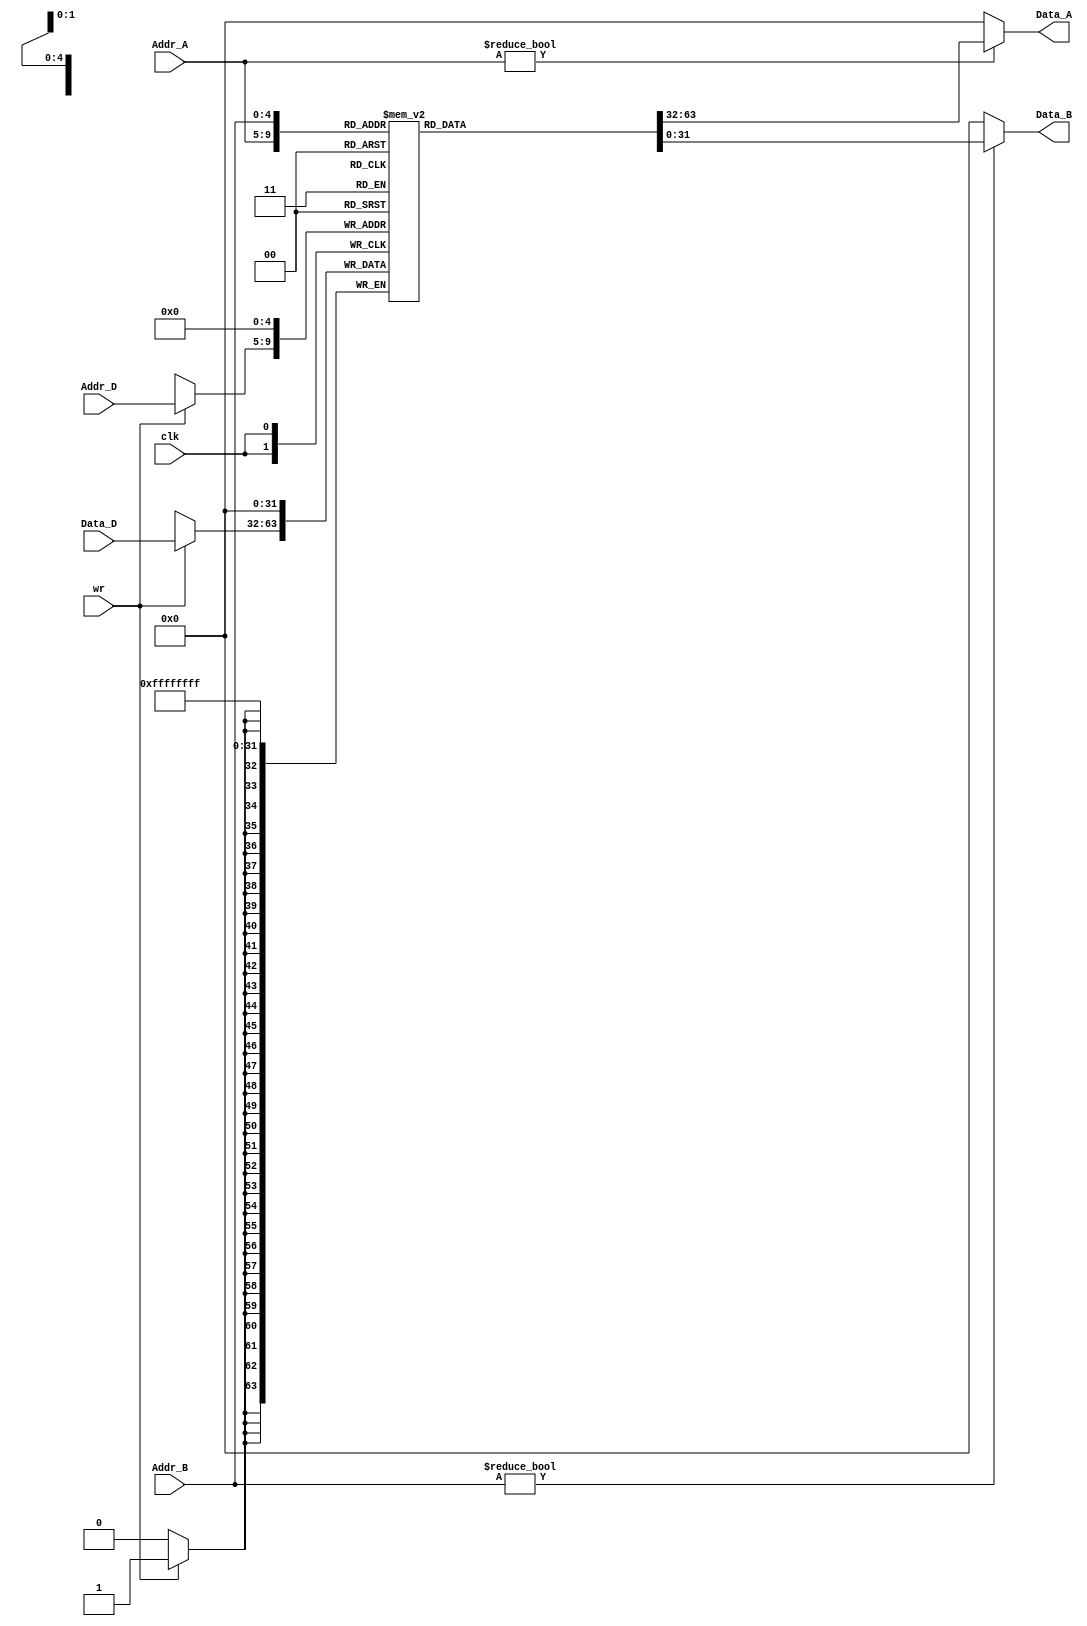
module register_file #(parameter DWIDTH=32)(
  input               clk   ,
  input               wr    ,
  input  [4:0]        Addr_A ,
  input  [4:0]        Addr_B ,
  input  [4:0]        Addr_D ,
  input [DWIDTH-1:0] Data_D,
  output [DWIDTH-1:0] Data_A,
  output [DWIDTH-1:0] Data_B
	
);

reg [DWIDTH-1:0] array[0:31];//
assign Data_A = Addr_A?array[Addr_A]:0;
assign Data_B = Addr_B?array[Addr_B]:0;

always@(negedge clk)
begin
	array[0]=0;
	 if(wr)
		begin
            array[Addr_D]=Data_D;
		end

end



endmodule